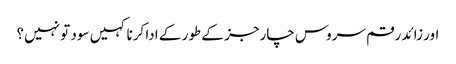
اور زائد رقم سروس چارجز کے طور کے ادا کرنا کہیں سود تو نہیں؟